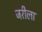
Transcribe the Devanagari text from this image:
जरीला